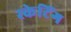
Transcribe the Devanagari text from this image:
स्‍केटिंग